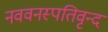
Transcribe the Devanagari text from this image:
नववनस्पतिवृन्द